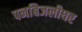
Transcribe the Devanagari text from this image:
पनबिजलीघर